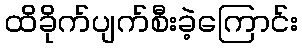
ထိခိုက်ပျက်စီးခဲ့ကြောင်း